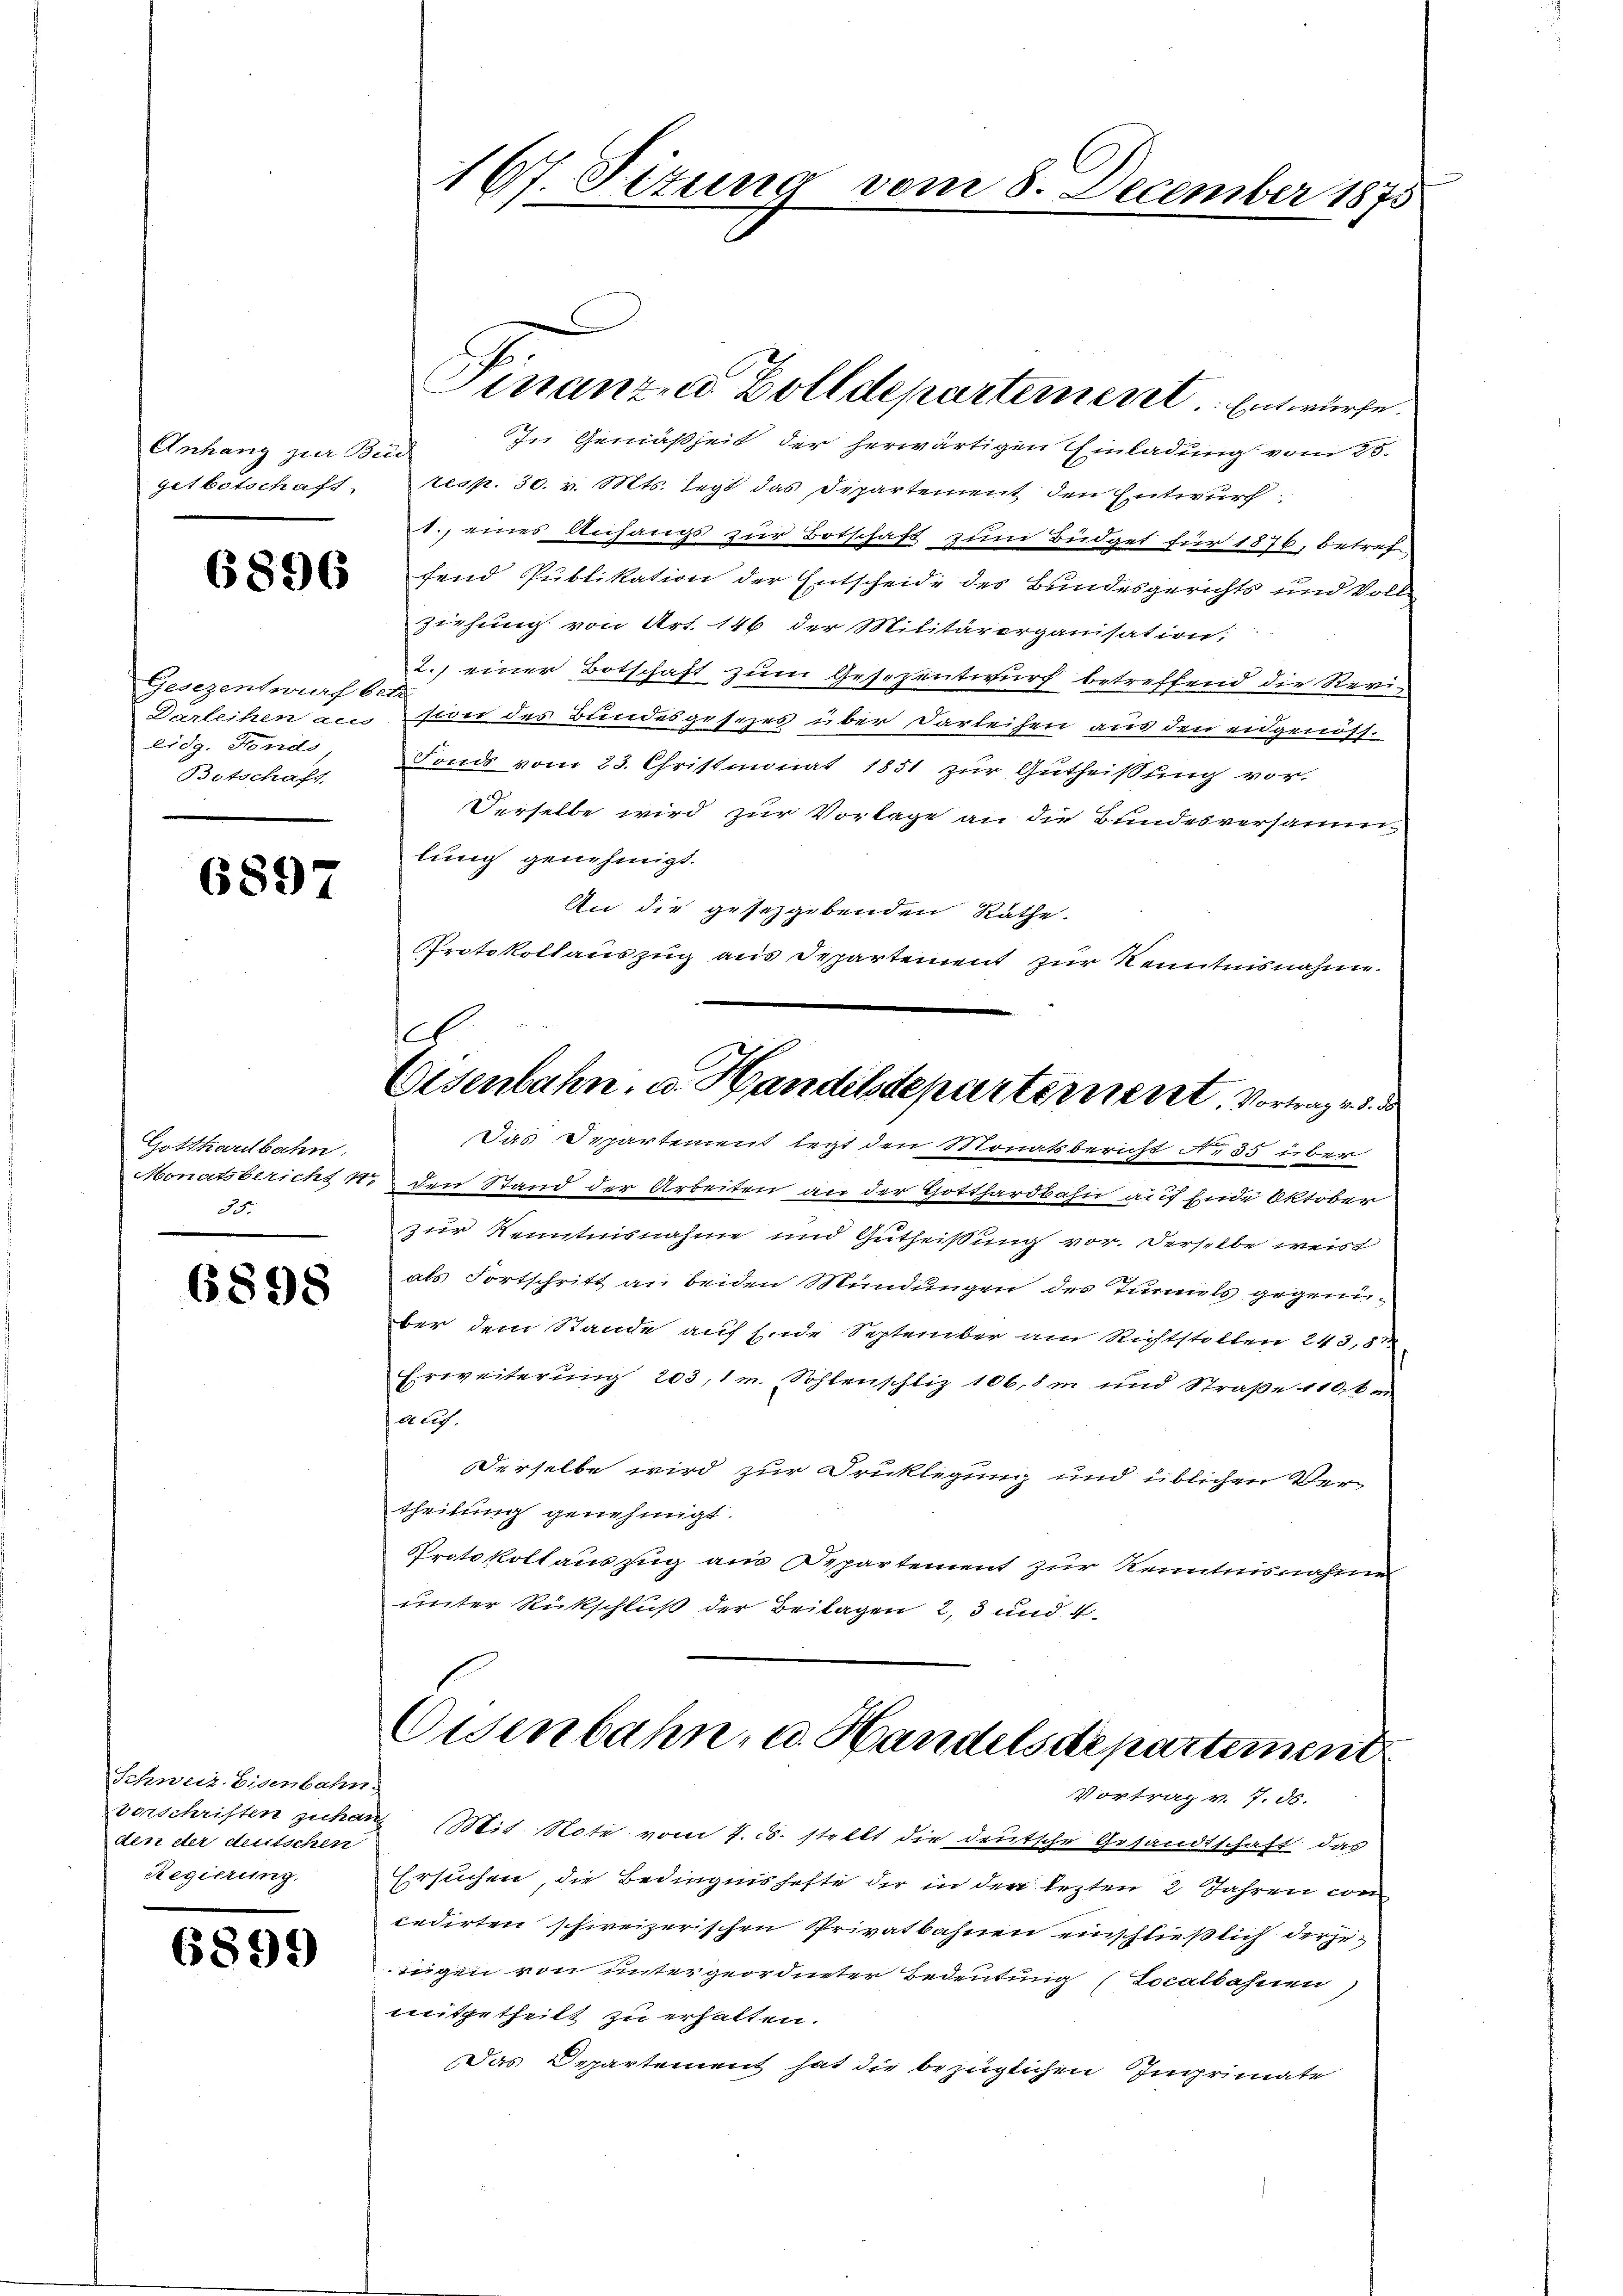
Anhang zur Bund
getbotschaft

6896

Gesezentwurf be
eidg. Fonds
Betschaft

6897

Gotthardbahn
Monatsbericht 4,
de

6898

Schweiz. Eisenbahn.
den der duitschen
Regierung.

6899

167. Titung vom 8. December 1875

Finanza Zolldeparterneret. Entwurfe.

In Gemäßheit der herwärtigen Einladung vom 25.
resp. 30. v. Mts. legt das Departement den Entwurf.
1., eines Anhangs zur Botschaft zum Büdget für 1876, betreffend Publikation der Entscheide des Bundesgerichts und Vollziehung von Art. 146 der Militärorganisation.
2.) einer Botschaft zum Gesezentwurf betreffend die Revii
Darleihen acco wir des Bundesgesezes über Darleihen aus den eidgenöss.
Fonds vom 23. Christmonat 1851 zur Gutheissung vor.
Derselbe wird zur Vorlage an die Bundesversammlung genehmigt.
An die gesezgebenden Räthe.
Protokollauszug aus Departement zur Kenntnisnahme.
A
Eisenbahn. v. Handelsdeparterient. Vortrage d. d
Das Departement legt den Monatsbericht Ne 35 über
den Stand der Arbeiten an der Gotthardbahn auf Ende Oktober
zur Kenntnisnahme und Gutheißung vor. Derselbe weist
als Fortschritt an beiden Mündungen des Tunnels gegeniber dem Stande auf Ende September am Richtstellen 243,87
Erweiterung 203, 1m Sohlenschliz 106, im und Straße 110,6m
auf.
Derselbe wird zur Drucklegung und üblichen Vertheilung genehmigt.
Protokollauszug aus Departement zur Kenntnisnahme
unter Rückschluß der Beilagen 2, 3 und 4
Eisenbahn, u. Handelsdepartement

Vortrag v. 7. d.

vorschriften zuhang (Mit. Note vom 4. d. stellt die deutsche Gesandtschaft das
Ersuchen, die Bedingnis hefte der in den lezten 2 Jahren von
cedirten schweizerischen Privatbahnen einschließlich derjeigen von untergeordneter Bedeutung (Localbahnen
mitgetheilt zu erhalten.
Das Departement hat die bezüglichen Imprimate